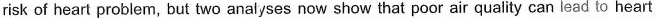
risk of heart probiem,but two anayss now show that poor air quality can lead to heart